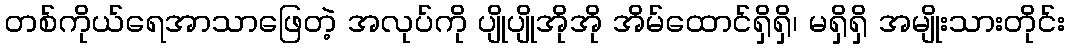
တစ်ကိုယ်ရေအာသာဖြေတဲ့ အလုပ်ကို ပျိုပျိုအိုအို အိမ်ထောင်ရှိရှိ၊ မရှိရှိ အမျိုးသားတိုင်း